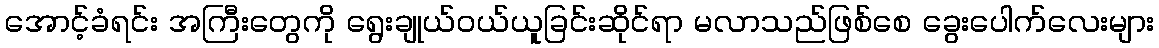
အောင့်ခံရင်း အကြီးတွေကို ရွေးချုယ်ဝယ်ယူခြင်းဆိုင်ရာ မလာသည်ဖြစ်စေ ခွေးပေါက်လေးများ